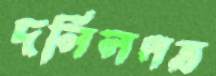
দলিলপত্র